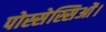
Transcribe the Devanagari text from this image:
पोस्सेस्सिओं।